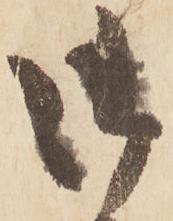
御